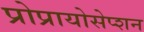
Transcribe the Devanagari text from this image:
प्रोप्रायोसेप्शन